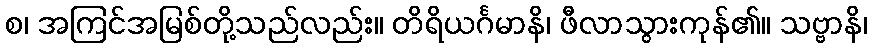
စ၊ အကြင်အမြစ်တို့သည်လည်း။ တိရိယင်္ဂမာနိ၊ ဖီလာသွားကုန်၏။ သဗ္ဗာနိ၊